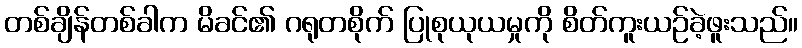
တစ်ချိန်တစ်ခါက မိခင်၏ ဂရုတစိုက် ပြုစုယုယမှုကို စိတ်ကူးယဉ်ခဲ့ဖူးသည်။